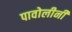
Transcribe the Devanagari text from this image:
पावोलीनी